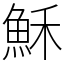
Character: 穌